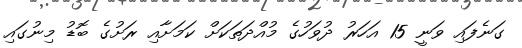
ގަނެފައި ވަނީ 15 އަހަރު ދުވަހުގެ މުއްދަތަކަށް ކަމަށާއި ރަށުގެ ބޮޑު މިނުގައި